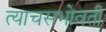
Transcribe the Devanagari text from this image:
त्याचसभोवती